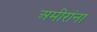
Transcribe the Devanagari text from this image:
अमीरांना